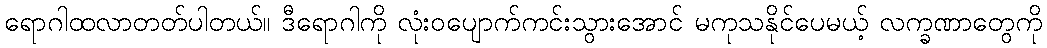
ရောဂါထလာတတ်ပါတယ်။ ဒီရောဂါကို လုံးဝပျောက်ကင်းသွားအောင် မကုသနိုင်ပေမယ့် လက္ခဏာတွေကို